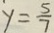
y = \frac { 5 } { 7 }